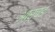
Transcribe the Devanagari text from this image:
आर्चड